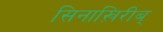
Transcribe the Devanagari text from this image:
सिनाख़िरीब्